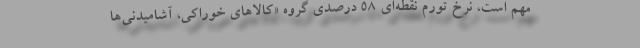
مهم است، نرخ تورم نقطه‌اي 58 درصدي گروه «كالاهاي خوراكي، آشاميدني‌ها